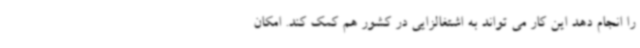
را انجام دهد این کار می تواند به اشتغالزایی در کشور هم کمک کند. امکان